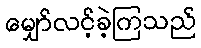
မျှော်လင့်ခဲ့ကြသည်